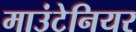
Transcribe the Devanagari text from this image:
माउंटेनियर